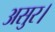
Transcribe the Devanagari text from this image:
असुर।